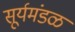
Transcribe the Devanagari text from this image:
सूर्यमंडळ